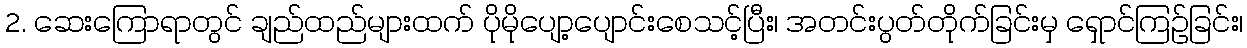
2. ဆေးကြောရာတွင် ချည်ထည်များထက် ပိုမိုပျော့ပျောင်းစေသင့်ပြီး၊ အတင်းပွတ်တိုက်ခြင်းမှ ရှောင်ကြဉ်ခြင်း၊